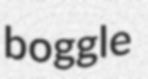
boggle